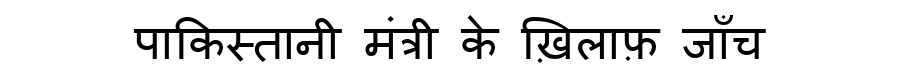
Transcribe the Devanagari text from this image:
पाकिस्तानी मंत्री के ख़िलाफ़ जाँच